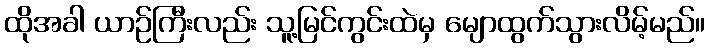
ထိုအခါ ယာဉ်ကြီးလည်း သူ့မြင်ကွင်းထဲမှ မျောထွက်သွားလိမ့်မည်။